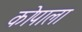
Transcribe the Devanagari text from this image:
कोपाला